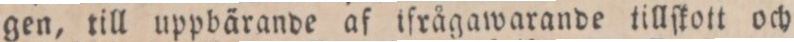
gen, till uppbärande af ifrågawarande tillſkott och